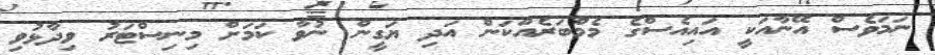
ނަމަވެސް އޭނާއަކީ އައިއެސްގެ މެމްބަރެއްކަން އަދި ޔަގީން ނުވާ ކަމަށް މިނިސްޓަރު ވިދާޅުވި